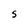
Character: S